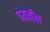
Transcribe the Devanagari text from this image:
पंथांतील